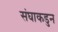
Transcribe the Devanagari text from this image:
संघाकडुन